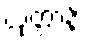
ယုတ္တာနိ